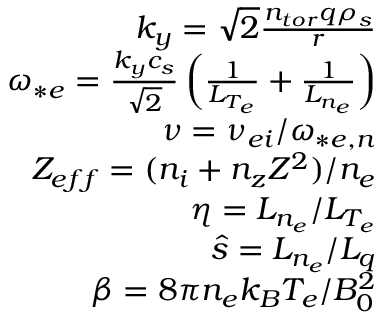
\begin{array} { r } { k _ { y } = \sqrt { 2 } \frac { n _ { t o r } q \rho _ { s } } { r } } \\ { \omega _ { * e } = \frac { k _ { y } c _ { s } } { \sqrt { 2 } } \left( \frac { 1 } { L _ { T _ { e } } } + \frac { 1 } { L _ { n _ { e } } } \right) } \\ { \nu = \nu _ { e i } / \omega _ { * e , n } } \\ { Z _ { e f f } = ( n _ { i } + n _ { z } Z ^ { 2 } ) / n _ { e } } \\ { \eta = L _ { n _ { e } } / L _ { T _ { e } } } \\ { \hat { s } = L _ { n _ { e } } / L _ { q } } \\ { \beta = 8 \pi n _ { e } k _ { B } T _ { e } / B _ { 0 } ^ { 2 } } \end{array}